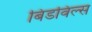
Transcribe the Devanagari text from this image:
बिडविल्स